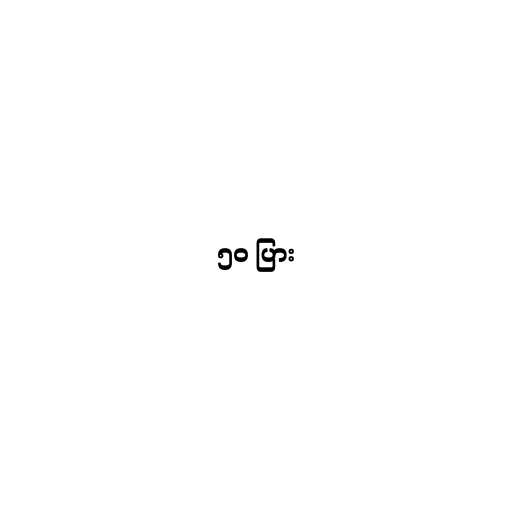
၅၀ ပြား